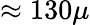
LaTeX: \approx 130\mu